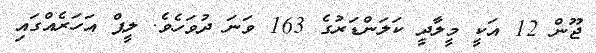
ޖޫން 12 އަކީ މީލާދީ ކަލަންޑަރުގެ 163 ވަނަ ދުވަހެވެ. ލީޕް އަހަރެއްގައި